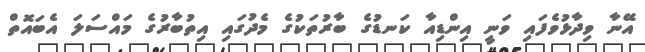
އޭނާ ވިދާޅުވެފައި ވަނީ އިންޑިއާ ކަނޑުގެ ބާރުތަކުގެ މެދުގައި އިތުބާރުގެ މައްސަލަ އެބައޮތް